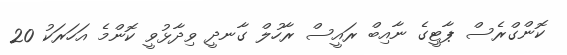
ކޮންގްރެސް ޕާޓީގެ ނާއިބް ރައީސް ރާހުލް ގާނދީ ވިދާޅުވީ ކޮންމެ އަހަރަކު 20